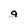
Character: g